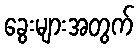
ခွေးများအတွက်